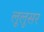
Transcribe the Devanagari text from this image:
लूलूसर